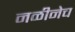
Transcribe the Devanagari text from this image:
नळीनेच